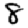
Digit: 8